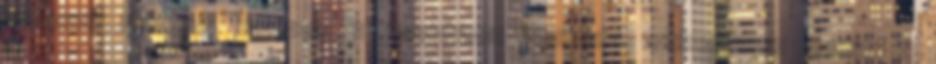
Vármegye Ifjúsági Mozgalom a gyalázatos trianoni békediktátum ellen. A